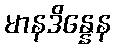
မာနဒိန္နေန